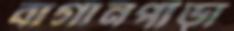
বাগানপাড়া